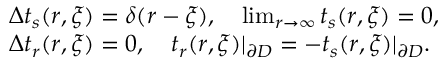
\begin{array} { r l } & { \Delta t _ { s } ( \boldsymbol { r } , \boldsymbol { \xi } ) = \delta ( \boldsymbol { r } - \boldsymbol { \xi } ) , \quad \operatorname* { l i m } _ { \boldsymbol { r } \to \infty } t _ { s } ( \boldsymbol { r } , \boldsymbol { \xi } ) = 0 , } \\ & { \Delta t _ { r } ( \boldsymbol { r } , \boldsymbol { \xi } ) = 0 , \quad t _ { r } ( \boldsymbol { r } , \boldsymbol { \xi } ) | _ { \partial D } = - t _ { s } ( \boldsymbol { r } , \boldsymbol { \xi } ) | _ { \partial D } . } \end{array}